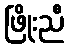
ဖြိုးညီ